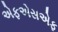
એફએસએફ